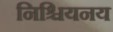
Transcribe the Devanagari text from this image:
निश्चियनय